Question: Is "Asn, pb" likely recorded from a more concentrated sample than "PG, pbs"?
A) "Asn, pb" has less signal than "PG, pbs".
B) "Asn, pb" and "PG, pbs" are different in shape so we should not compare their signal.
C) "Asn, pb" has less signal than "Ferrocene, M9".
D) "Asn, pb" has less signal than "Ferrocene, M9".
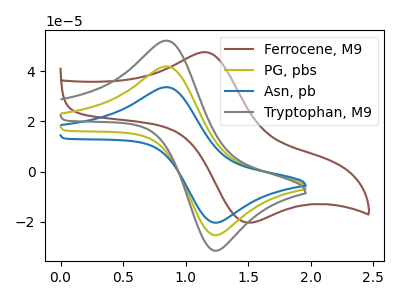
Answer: <think>The brown curve "Ferrocene, M9" has an anodic peak at (1.15V, 47.60uA) and a cathodic peak at (1.45V, -20.00uA). The olive curve "PG, pbs" has an anodic peak at (0.85V, 41.90uA) and a cathodic peak at (1.20V, -25.10uA). The blue curve "Asn, pb" has an anodic peak at (0.85V, 33.65uA) and a cathodic peak at (1.20V, -20.15uA). The gray curve "Tryptophan, M9" has an anodic peak at (0.85V, 83.80uA) and a cathodic peak at (1.20V, -50.20uA).
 All the peaks in "Asn, pb" have a peak in "PG, pbs" at the same potential. Every peak in "Asn, pb" is lower than every peak in "PG, pbs".</think>
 <answer>A) "Asn, pb" has less signal than "PG, pbs".</answer>
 <eval>A</eval>